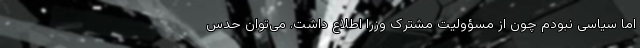
اما سیاسی نبودم چون از مسؤولیت مشترک وزرا اطلاع داشت. می‌توان حدس